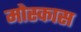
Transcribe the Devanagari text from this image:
मोस्कास